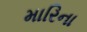
મારિના